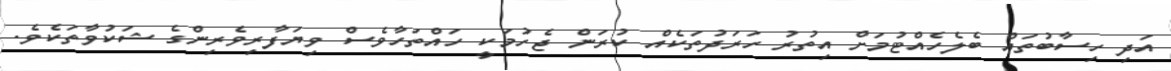
އަދި ހިސާބުތައް ބެލެހެއްޓުމަށް އިތުރު ހަރަދުތަކެއް ކުރަން ޖެހުމަކީ ހައްތަހާވެސް ވިޔަފާރިވެރިންގެ ޝަކުވާތަކެވެ.